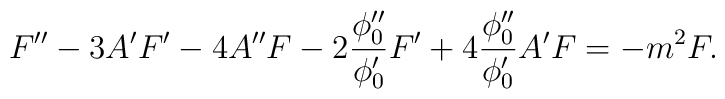
F''- 3 A'F'-4 A'' F-2\frac{\phi_0''}{\phi_0'} F' +4 \frac{\phi_0''}{\phi_0'} A' F=-m^2 F.